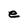
Character: e